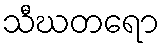
သီဃတရော